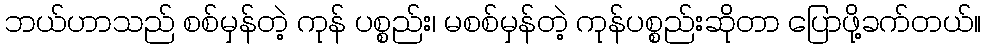
ဘယ်ဟာသည် စစ်မှန်တဲ့ ကုန် ပစ္စည်း၊ မစစ်မှန်တဲ့ ကုန်ပစ္စည်းဆိုတာ ပြောဖို့ခက်တယ်။